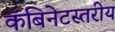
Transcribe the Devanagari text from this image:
कॅबिनेटस्तरीय